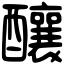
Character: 釀